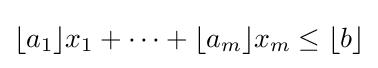
\lfloor a_{1}\rfloor x_{1}+\cdots +\lfloor a_{m}\rfloor x_{m}\leq \lfloor b\rfloor